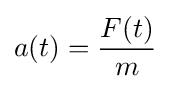
a(t)={\frac {F(t)}{m}}